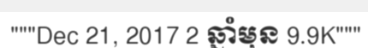
"""Dec 21, 2017 2 ឆ្នាំមុន 9.9K"""